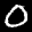
Label: 0